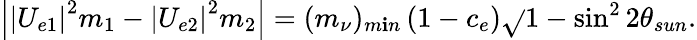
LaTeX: \left|\left|U_{e1}\right|^{2}m_{1}-\left|U_{e2}\right|^{2}m_{2}\right|=(m_{\nu})_{m\mathbf{i}n}\left(1-c_{e}\right)\sqrt{}{{1-\sin^{2}2\theta_{sun}}}.